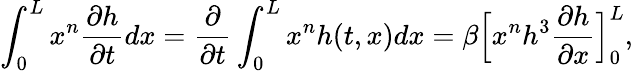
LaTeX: \int_{0}^{L}x^{n}\frac{\partial h}{\partial t}dx=\frac{\partial}{\partial t}\int_{0}^{L}x^{n}h(t,x)dx=\beta\Big[x^{n}h^{3}\frac{\partial h}{\partial x}\Big]_{0}^{L},